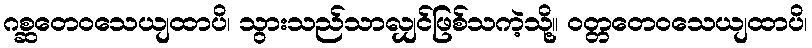
ဂစ္ဆတေဝသေယျထာပိ၊ သွားသည်သာလျှင်ဖြစ်သကဲ့သို့။ ဝတ္တတေဝသေယျထာပိ၊